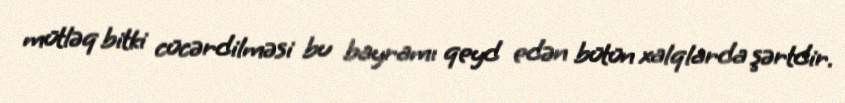
mütləq bitki cücərdilməsi bu bayramı qeyd edən bütün xalqlarda şərtdir.